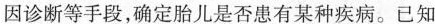
因诊断等手段，确定胎儿是否患有某种疾病。已知